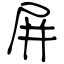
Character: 屏